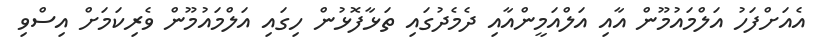
އެއަށްފަހު އަލްމައުމޫން އާއި އަލްއަމީންއާއި ދެމެދުގައި ތަޅާފޮޅުން ހިގައި އަލްމައުމޫން ވެރިކަމަށް އިސްވި